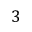
3